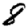
Digit: 8